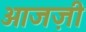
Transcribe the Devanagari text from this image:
आजज़ी